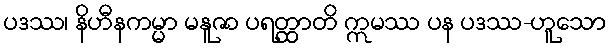
ပဒဿ၊ နိဟီနကမ္မာ မနူဇာ ပရတ္ထာတိ ဣမဿ ပန ပဒဿ-ဟူသော